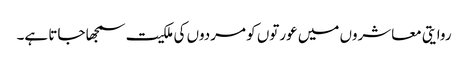
روایتی معاشروں میں عورتوں کو مردوں کی ملکیت سمجھا جاتا ہے۔